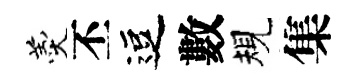
羹丕逗數規集